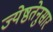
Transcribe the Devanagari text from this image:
ज्येष्ठतेनुसार